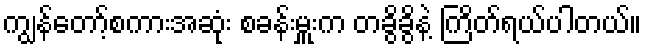
ကျွန်တော့်စကားအဆုံး စခန်းမှူးက တခွိခွိနဲ့ ကြိတ်ရယ်ပါတယ်။